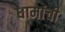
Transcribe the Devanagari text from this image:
धामांची